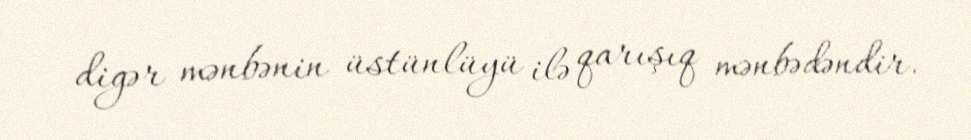
digər mənbənin üstünlüyü ilə qarışıq mənbədəndir.